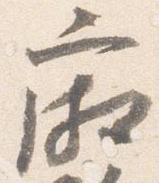
廂